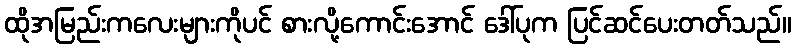
ထိုအမြည်းကလေးများကိုပင် စားလို့ကောင်းအောင် ဒေါ်ပုက ပြင်ဆင်ပေးတတ်သည်။